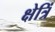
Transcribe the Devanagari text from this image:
क्षेत्रिं